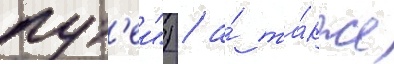
пут'еи") / а́ та́кже